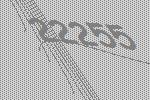
22255